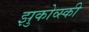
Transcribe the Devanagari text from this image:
झुकोव्स्की